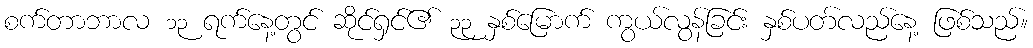
စက်တာဘာလ ၁၃ ရက်နေ့တွင် ဆိုင်ရှင်၏ ၃၃ နှစ်မြောက် ကွယ်လွန်ခြင်း နှစ်ပတ်လည်နေ့ ဖြစ်သည်။